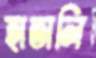
হাতালি